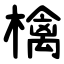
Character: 檎